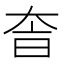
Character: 𡘐